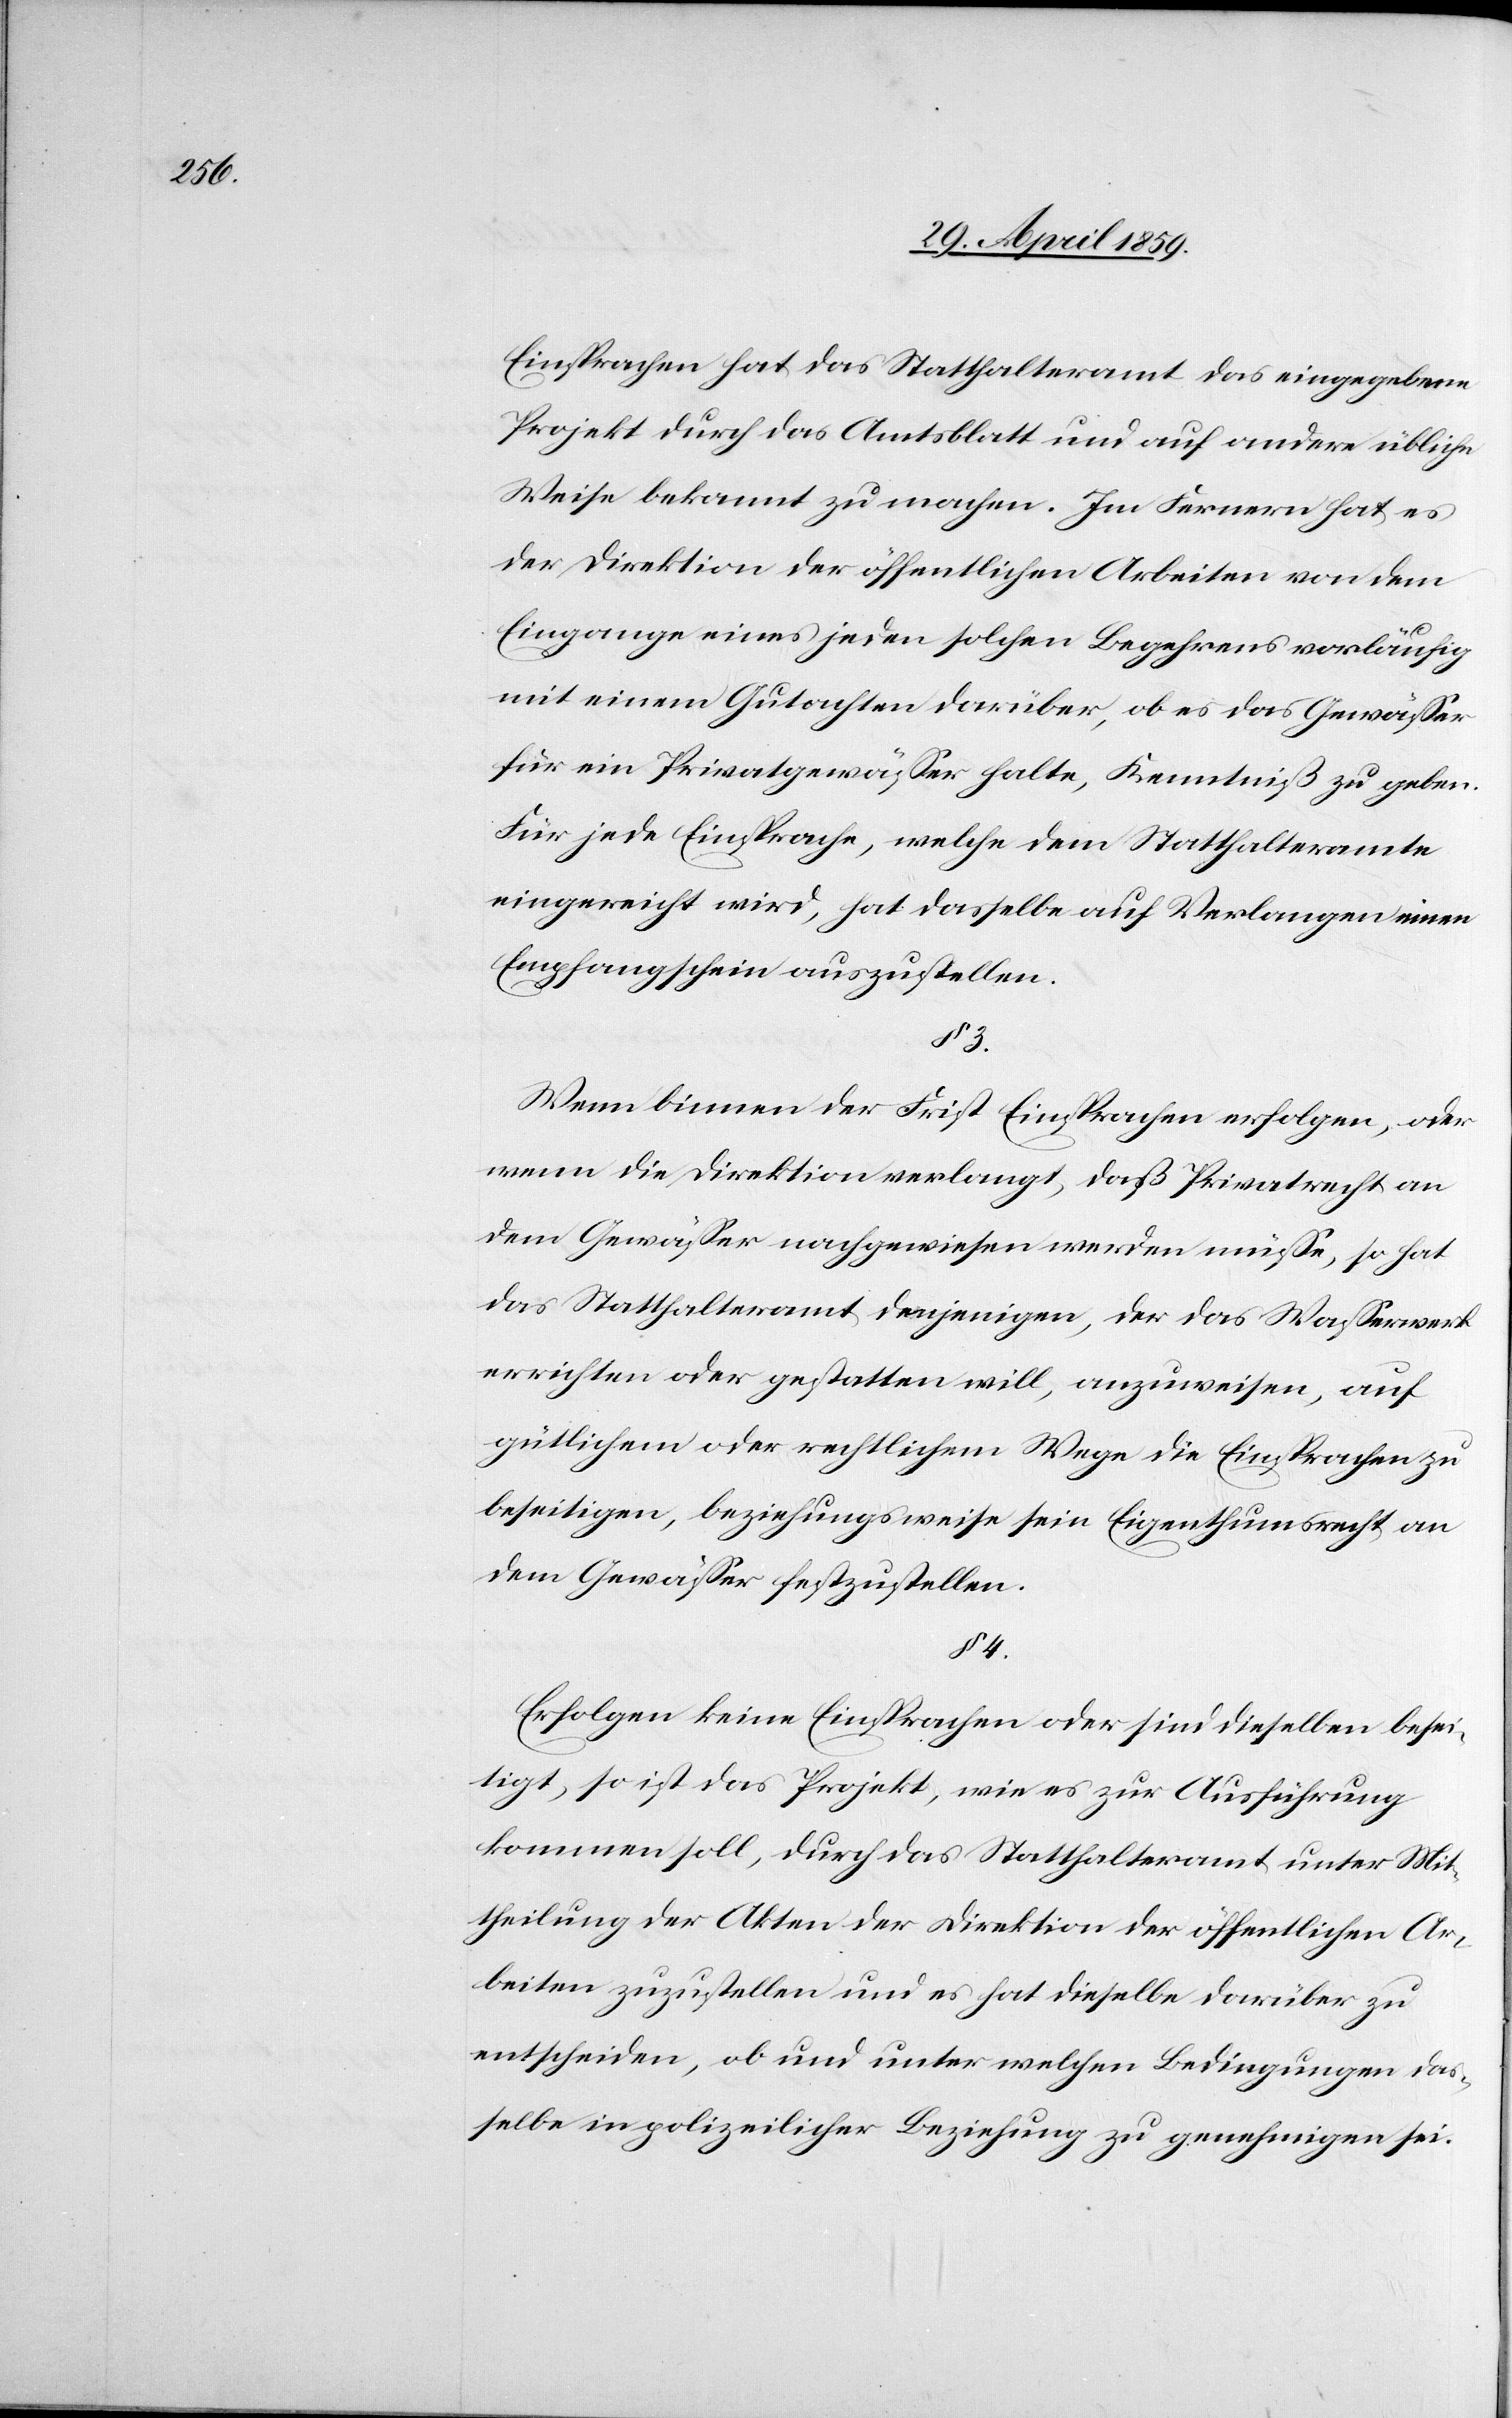
Einsprachen hat das Statthalteramt das eingegebene
Projekt durch das Amtsblatt und auf andere übliche
Weise bekannt zu machen. Im Fernern hat es
der Direktion der öffentlichen Arbeiten von dem
Eingange eines jeden solchen Begehrens vorläufig
mit einem Gutachten darüber, ob es das Gewäßer
für ein Privatgewäßer halte, Kenntniß zu geben.
Für jede Einsprache, welche dem Statthalteramte
eingereicht wird, hat dasselbe auf Verlangen einen
Empfangschein auszustellen.
§ 3.
Wenn binnen der Frist Einsprachen erfolgen, oder
wenn die Direktion verlangt, daß Privatrecht an
dem Gewäßer nachgewiesen werden müße, so hat
das Statthalteramt demjenigen, der das Waßerwerk
errichten oder gestatten will, anzuweisen, auf
gütlichem oder rechtlichem Wege die Einsprachen zu
beseitigen, beziehungsweise sein Eigenthumsrecht an
dem Gewäßer festzustellen.
§ 4.
Erfolgen keine Einsprachen oder sind dieselben besei¬
tigt, so ist das Projekt, wie es zur Ausführung
kommen soll, durch das Statthalteramt unter Mit¬
theilung der Akten der Direktion der öffentlichen Ar¬
beiten zuzustellen und es hat dieselbe darüber zu
entscheiden, ob und unter welchen Bedingungen das¬
selbe in polizeilicher Beziehung zu genehmigen sei.